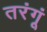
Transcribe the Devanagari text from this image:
तरंगूं